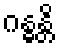
ဂန္ဓန္တိ